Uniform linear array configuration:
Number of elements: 12
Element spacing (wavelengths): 1
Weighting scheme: hamming
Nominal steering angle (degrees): -15
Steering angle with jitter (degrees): -14.37
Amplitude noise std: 0.05
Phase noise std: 0.05

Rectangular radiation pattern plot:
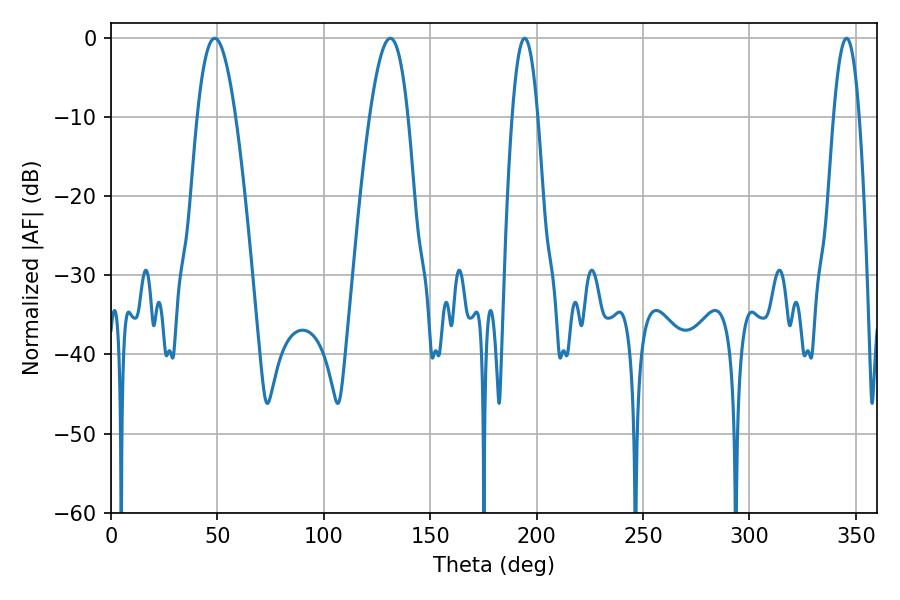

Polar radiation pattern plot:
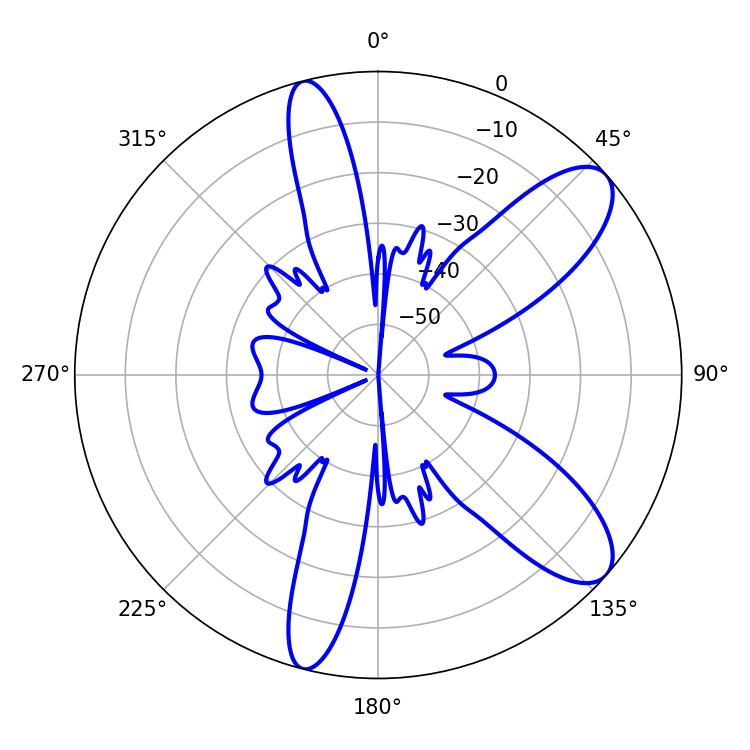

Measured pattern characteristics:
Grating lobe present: TRUE
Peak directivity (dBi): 9.628
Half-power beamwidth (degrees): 6.48
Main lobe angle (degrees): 194.4